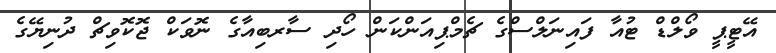
އޭޓީޕީ ވޯލްޑް ޓުއާ ފައިނަލްސްގެ ޗެމްޕިއަންކަން ހޯދި ސާރބިއާގެ ނޮވަކް ޖޮކޮވިޗް ދުނިޔޭގެ